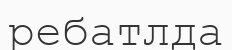
ребатлда